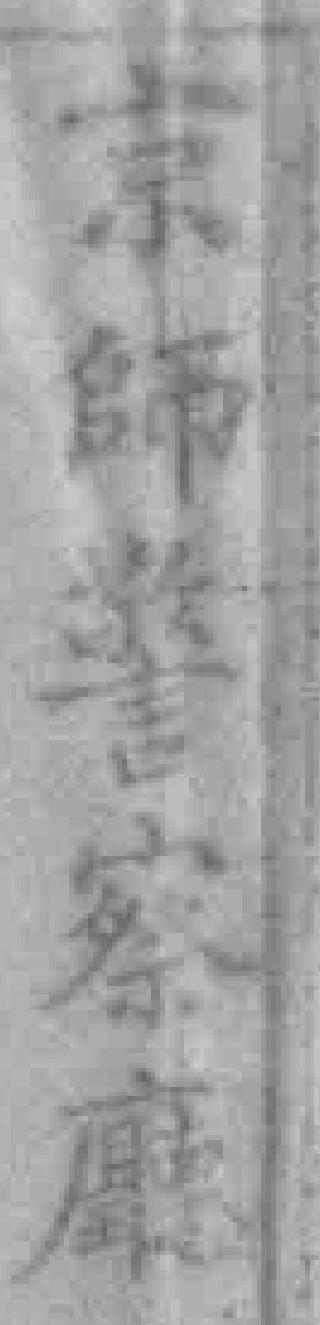
京師警察廰